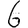
Digit: 6